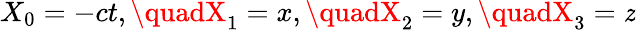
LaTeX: X_{0}=-ct,\quadX_{1}=x,\quadX_{2}=y,\quadX_{3}=\mathit{z}